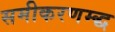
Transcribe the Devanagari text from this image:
समीकरणम्द्ध